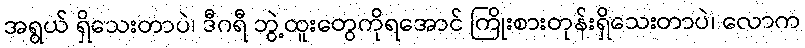
အရွယ် ရှိသေးတာပဲ၊ ဒီဂရီ ဘွဲ့ထူးတွေကိုရအောင် ကြိုးစားတုန်းရှိသေးတာပဲ၊ လောက